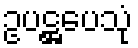
ဥပဋ္ဌပေသုံ